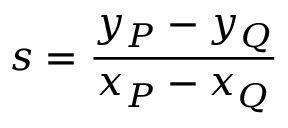
s = { \frac { y _ { P } - y _ { Q } } { x _ { P } - x _ { Q } } }